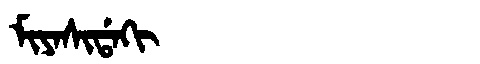
Manchu: ᠮᡳᠶᠠᠰᡳᡩᠠᡴᡳ
Romanization: MIYASIDAKI